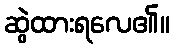
ဆွဲထားရလေ၏။